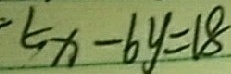
5 x - 6 y = 1 8